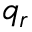
q _ { r }